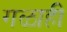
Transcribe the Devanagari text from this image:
गळाही